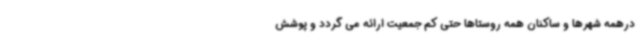
درهمه شهرها و ساکنان همه روستاها حتی کم جمعیت ارائه می گردد و پوشش